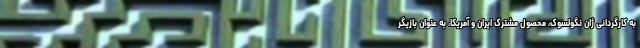
به کارگردانی ژان نگولسوک، محصول مشترک ایران و آمریکا، به عنوان بازیگر